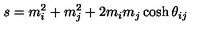
s = m _ { i } ^ { 2 } + m _ { j } ^ { 2 } + 2 m _ { i } m _ { j } \cosh \theta _ { i j }